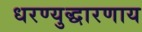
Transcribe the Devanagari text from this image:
धरण्युद्धारणाय